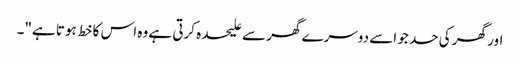
اور گھر کی حد جو اسے دوسرے گھر سے علیحدہ کرتی ہے وہ اس کا خط ہوتا ہے"۔